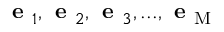
\textbf { e } _ { 1 } , \textbf { e } _ { 2 } , \textbf { e } _ { 3 } , . . . , \textbf { e } _ { \mathrm { M } }